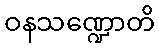
ဝနသဏ္ဍောတိ